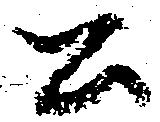
公